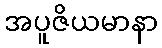
အပူဇိယမာနာ